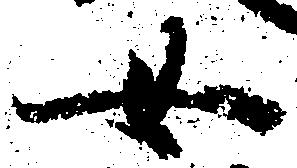
女